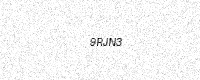
Text: 9RJN3